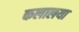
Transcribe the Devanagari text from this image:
कलालया